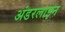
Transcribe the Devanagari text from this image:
अंडरलाइन